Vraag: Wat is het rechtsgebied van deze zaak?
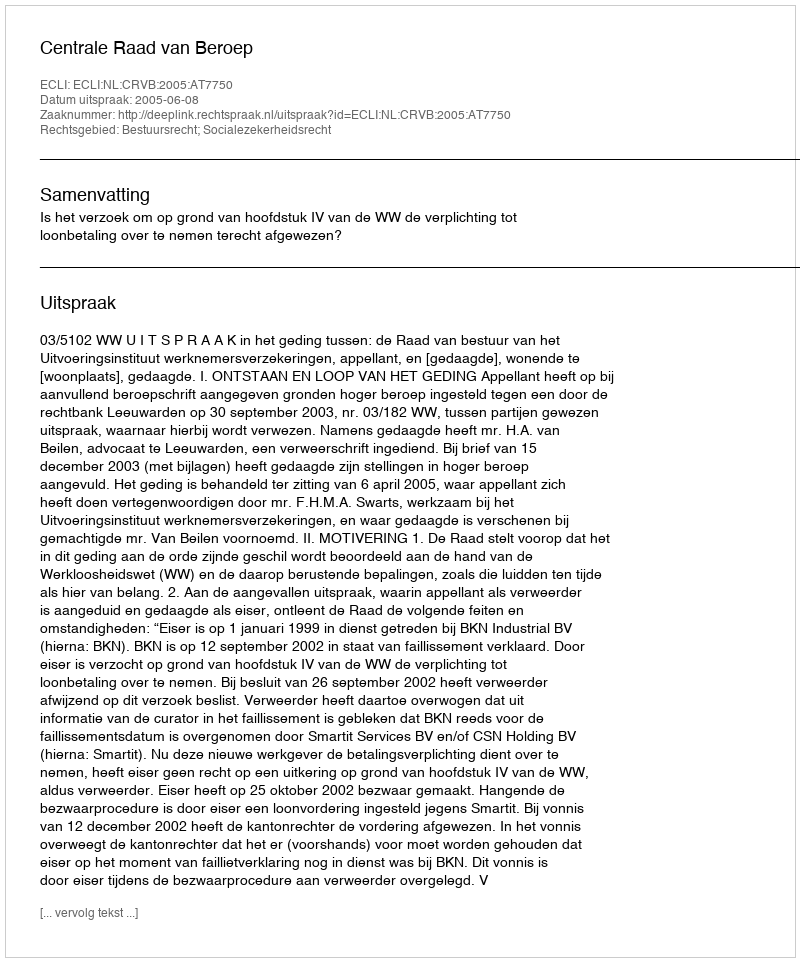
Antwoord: Bestuursrecht; Socialezekerheidsrecht